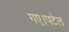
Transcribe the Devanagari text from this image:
गए।पटेल